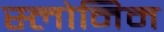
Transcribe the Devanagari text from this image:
स्लोनिम